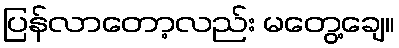
ပြန်လာတော့လည်း မတွေ့ချေ။